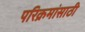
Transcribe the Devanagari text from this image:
परिक्रमांसाठी